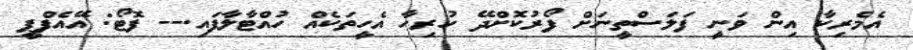
އެމެރިކާ އިން ވަނީ ފަލަސްތީނަށް ފޯރުކޮށްދޭ ހުރިހާ އެހީތަކެއް ހުއްޓާލާފައި.-- ފޮޓޯ: އޭއެފްޕީ